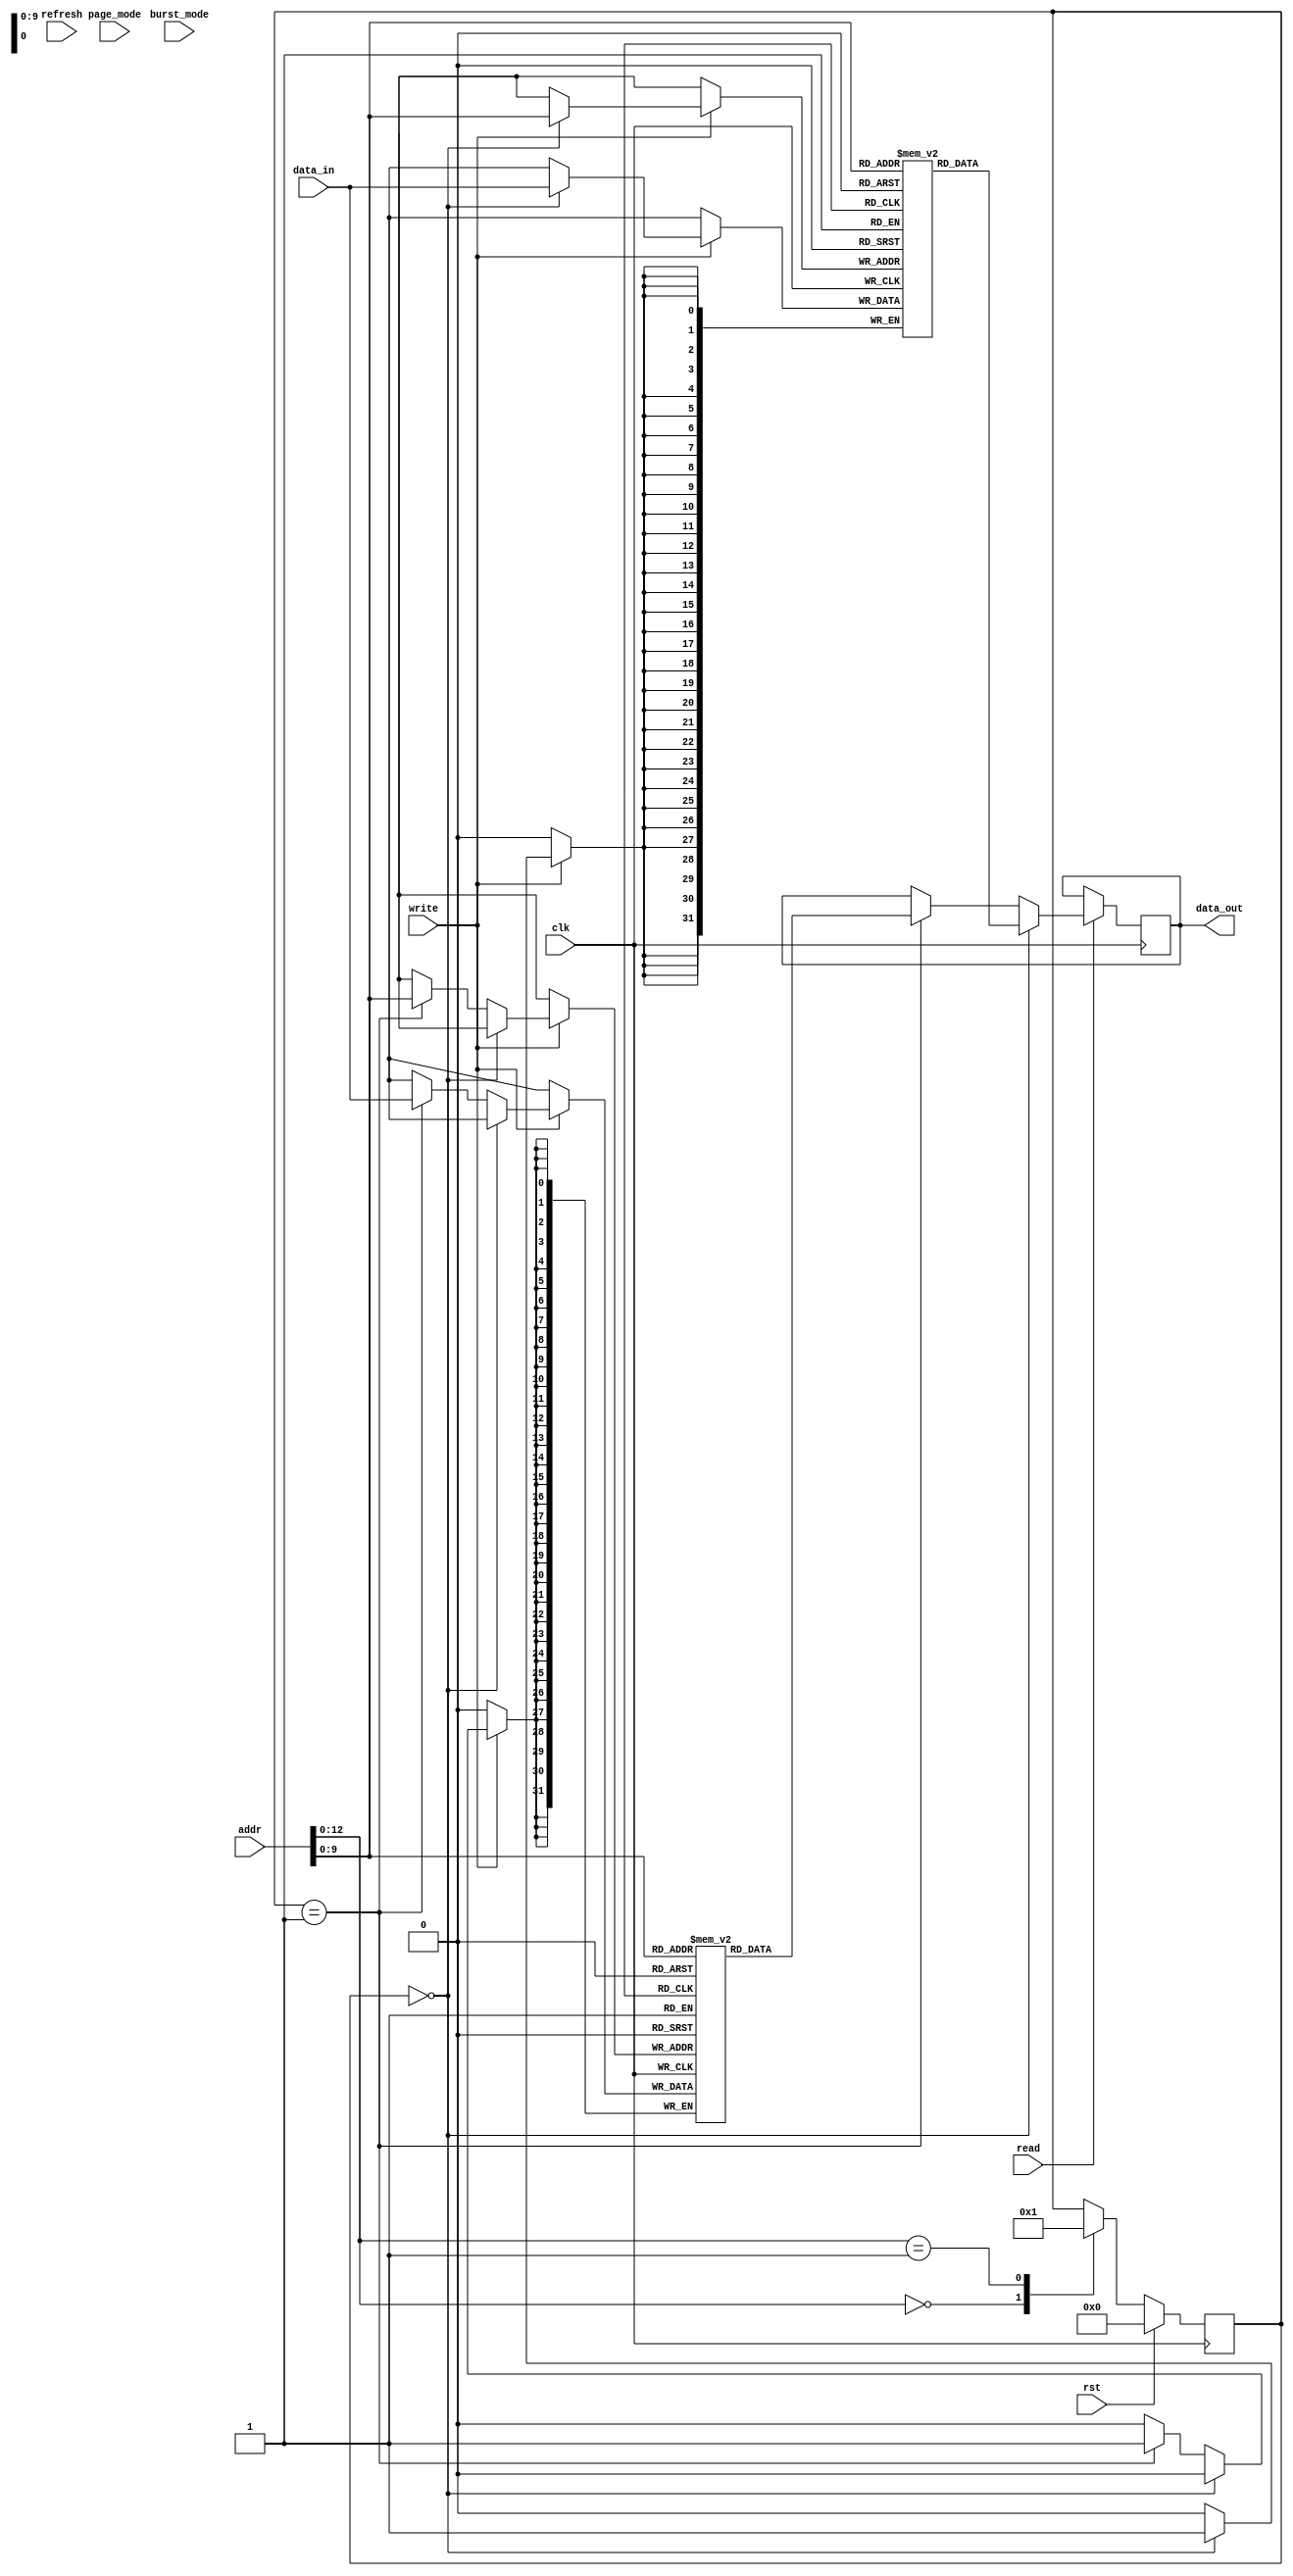
module SDRAM (
    input wire clk,
    input wire rst,
    input wire [31:0] addr,
    input wire [31:0] data_in,
    output reg [31:0] data_out,
    input wire read,
    input wire write,
    input wire refresh,
    input wire burst_mode,
    input wire page_mode
);

// Define memory blocks and their storage capacity
reg [31:0] memory_block1 [0:1023];
reg [31:0] memory_block2 [0:1023];
// Add more memory blocks as needed

// Address decoding logic to select the appropriate memory block
reg [9:0] memory_block_select;

always @ (posedge clk) begin
    if (rst) begin
        memory_block_select <= 10'd0;
    end else begin
        case (addr[12:0])
            13'd0: memory_block_select <= 10'd0;
            13'd1: memory_block_select <= 10'd1;
            // Add more address ranges and corresponding memory block selections
        endcase
    end
end

// Read and write operations
always @ (posedge clk) begin
    if (read) begin
        if (memory_block_select == 10'd0) begin
            data_out <= memory_block1[addr[9:0]];
        end else if (memory_block_select == 10'd1) begin
            data_out <= memory_block2[addr[9:0]];
        end
        // Add more memory block read operations as needed
    end

    if (write) begin
        if (memory_block_select == 10'd0) begin
            memory_block1[addr[9:0]] <= data_in;
        end else if (memory_block_select == 10'd1) begin
            memory_block2[addr[9:0]] <= data_in;
        end
        // Add more memory block write operations as needed
    end
end

// Refresh logic
always @ (posedge clk) begin
    if (refresh) begin
        // Implement refresh logic here
    end
end

// Mode selection logic
always @ (posedge clk) begin
    if (burst_mode) begin
        // Implement burst mode logic here
    end else if (page_mode) begin
        // Implement page mode logic here
    end
end

endmodule